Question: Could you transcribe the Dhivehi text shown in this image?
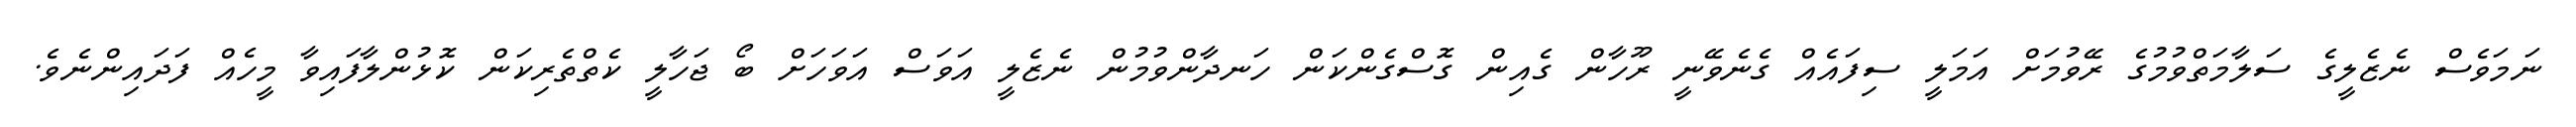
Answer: ނަމަވެސް ނެޒެލީގެ ސަލާމަތްވުމުގެ ރޭވުމަށް އަމަލީ ސިފައެއް ގެނެވޭނީ ރޫހާން ގެއިން ގޮސްގެންކަން ހަނދާންވުމުން ނެޒެލީ އަވަސް އަވަހަށް ބޯ ޖަހާލީ ކެތްތެރިކަން ކޮޅުންލާފައިވާ މީހެއް ފަދައިންނެވެ.